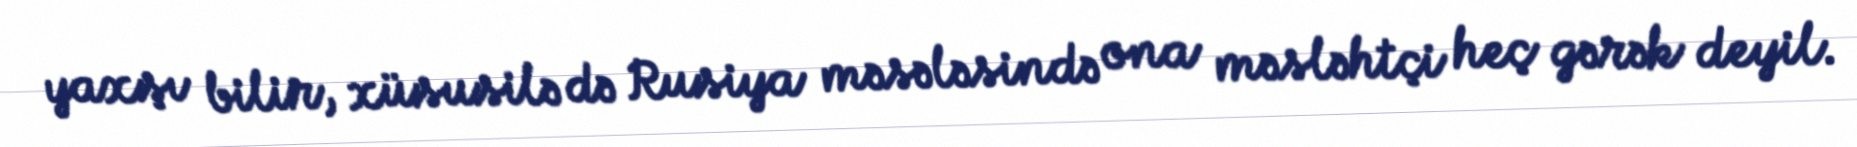
yaxşı bilir, xüsusilə də Rusiya məsələsində ona məsləhtçi heç gərək deyil.